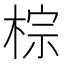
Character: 棕